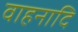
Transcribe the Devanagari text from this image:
वाहनादि